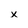
Character: x